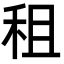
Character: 租